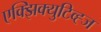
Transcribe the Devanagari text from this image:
एक्झिक्युटिव्ह्ज